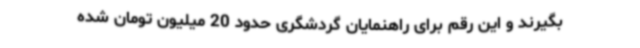
بگیرند و این رقم برای راهنمایان گردشگری حدود 20 میلیون تومان شده